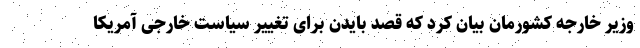
وزیر خارجه کشورمان بیان کرد که قصد بایدن برای تغییر سیاست خارجی آمریکا